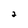
Character: 2